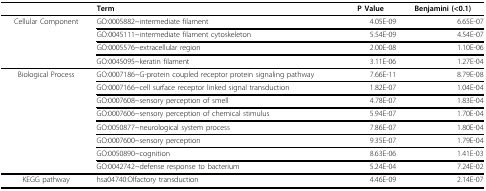
<table><thead><tr><td></td><td><b>Term</b></td><td><b>P Value</b></td><td><b>Benjamini (&lt;0.1)</b></td></tr></thead><tbody><tr><td>Cellular Component</td><td>GO:0005882~intermediate filament</td><td>4.05E-09</td><td>6.65E-07</td></tr><tr><td></td><td>GO:0045111~intermediate filament cytoskeleton</td><td>5.54E-09</td><td>4.54E-07</td></tr><tr><td></td><td>GO:0005576~extracellular region</td><td>2.00E-08</td><td>1.10E-06</td></tr><tr><td></td><td>GO:0045095~keratin filament</td><td>3.11E-06</td><td>1.27E-04</td></tr><tr><td>Biological Process</td><td>GO:0007186~G-protein coupled receptor protein signaling pathway</td><td>7.66E-11</td><td>8.79E-08</td></tr><tr><td></td><td>GO:0007166~cell surface receptor linked signal transduction</td><td>1.82E-07</td><td>1.04E-04</td></tr><tr><td></td><td>GO:0007608~sensory perception of smell</td><td>4.78E-07</td><td>1.83E-04</td></tr><tr><td></td><td>GO:0007606~sensory perception of chemical stimulus</td><td>5.94E-07</td><td>1.70E-04</td></tr><tr><td></td><td>GO:0050877~neurological system process</td><td>7.86E-07</td><td>1.80E-04</td></tr><tr><td></td><td>GO:0007600~sensory perception</td><td>9.35E-07</td><td>1.79E-04</td></tr><tr><td></td><td>GO:0050890~cognition</td><td>8.63E-06</td><td>1.41E-03</td></tr><tr><td></td><td>GO:0042742~defense response to bacterium</td><td>5.24E-04</td><td>7.24E-02</td></tr><tr><td>KEGG pathway</td><td>hsa04740:Olfactory transduction</td><td>4.46E-09</td><td>2.14E-07</td></tr></tbody></table>